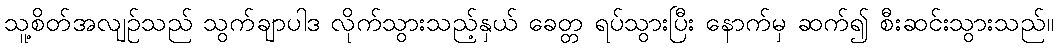
သူ့စိတ်အလျဉ်သည် သွက်ချာပါဒ လိုက်သွားသည့်နှယ် ခေတ္တ ရပ်သွားပြီး နောက်မှ ဆက်၍ စီးဆင်းသွားသည်။